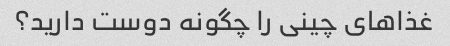
غذاهای چینی را چگونه دوست دارید؟